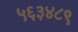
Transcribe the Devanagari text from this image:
५६३४८९